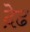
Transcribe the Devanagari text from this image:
द़ेढ